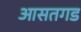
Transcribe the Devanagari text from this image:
आसतगड